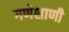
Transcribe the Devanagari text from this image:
गणेशाणी